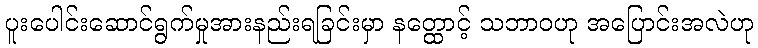
ပူးပေါင်းဆောင်ရွက်မှုအားနည်းရခြင်းမှာ နတ္ထောင့် သဘာဝဟု အပြောင်းအလဲဟု